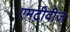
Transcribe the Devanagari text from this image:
एमटीवीज